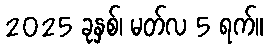
2025 ခုနှစ်၊ မတ်လ 5 ရက်။